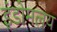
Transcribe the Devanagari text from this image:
इंडोमलय